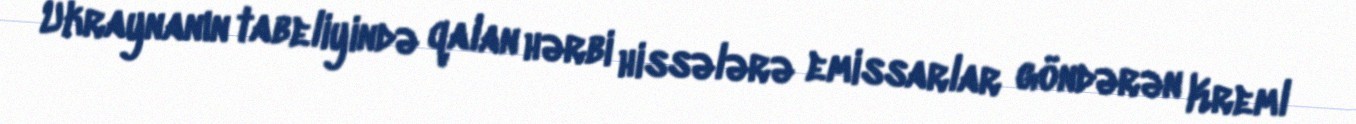
Ukraynanın tabeliyində qalan hərbi hissələrə emissarlar göndərən Kreml